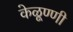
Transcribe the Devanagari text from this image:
केळूण्णी